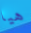
هيا